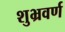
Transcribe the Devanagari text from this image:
शुभ्रवर्ण